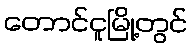
တောင်ငူမြို့တွင်